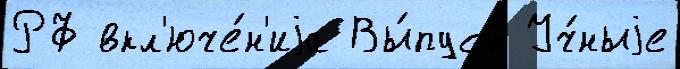
РФ вкл'юче́н'иjа Вы́пуск Уч́ныjе